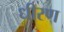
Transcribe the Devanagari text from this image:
धीरण